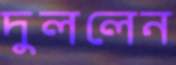
দুললেন